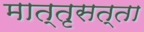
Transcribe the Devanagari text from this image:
मात्तृसत्ता